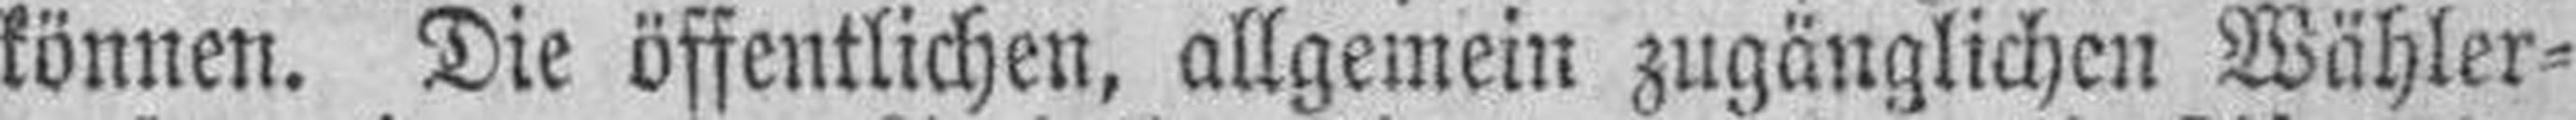
können. Die öffentlichen, allgemein zugänglichen Wähler¬